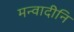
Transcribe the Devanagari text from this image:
मन्वादीनि